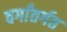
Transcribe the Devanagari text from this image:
वर्गांतर्गत